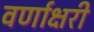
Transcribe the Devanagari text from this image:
वर्णाक्षरी